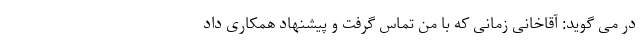
در می گوید: آقاخانی زمانی که با من تماس گرفت و پیشنهاد همکاری داد